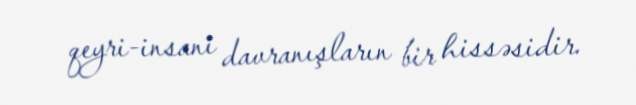
qeyri-insani davranışların bir hissəsidir.